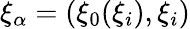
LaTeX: \xi_{\alpha}=(\xi_{0}(\xi_{i}),\xi_{i})